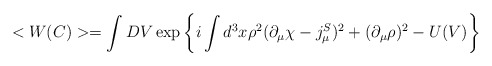
\begin{align*}<W(C)>=\int DV\exp \left\{i\int d^{3}x\rho ^{2}(\partial _{\mu }\chi -j_{\mu}^{S})^{2}+(\partial _{\mu }\rho )^{2}-U(V)\right\} \end{align*}